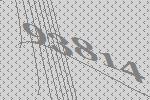
93814